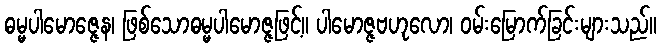
ဓမ္မပါမောဇ္ဇေန၊ ဖြစ်သောဓမ္မပါမောဇ္ဇဖြင့်။ ပါမောဇ္ဇဗဟုလော၊ ဝမ်းမြောက်ခြင်းများသည်။